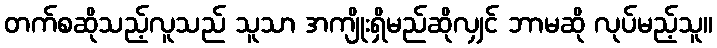
တက်စဆိုသည့်လူသည် သူသာ အကျိုးရှိမည်ဆိုလျှင် ဘာမဆို လုပ်မည့်သူ။